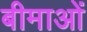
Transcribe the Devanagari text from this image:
बीमाओं